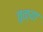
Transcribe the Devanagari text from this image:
तुळ्या